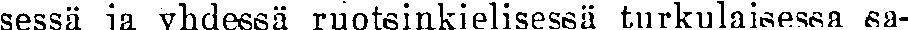
sessä ja yhdessä ruotsinkielisessä turkulaisessa sa-